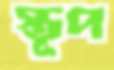
স্তূপ